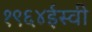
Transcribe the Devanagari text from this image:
१९६४ईस्वी